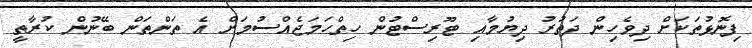
ފިނޮޅުތަކަށް ދިވެހިން ދަތުރު ދިޔުމާއި ޓޫރިސްޓުން ހިތްހަމަޖެއްސުމަށް އެ ތަންތަން ބޭނުން ކުރާތީ